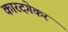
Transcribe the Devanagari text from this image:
कारदगेकर